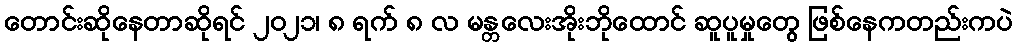
တောင်းဆိုနေတာဆိုရင် ၂၀၂၁၊ ၈ ရက် ၈ လ မန္တလေးအိုးဘိုထောင် ဆူပူမှုတွေ ဖြစ်နေကတည်းကပဲ